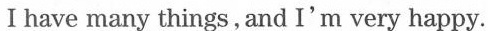
I have many things, and I'm very happy.